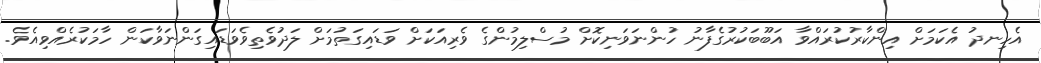
އެހިނދު އެކަމަށް އިންކާރުކުރައްވާ އަބޫބަކުރުގެފާނު ހުންނަވަނިކޮށް މުސްލިމުންގެ ވެރިއަކަށް ވަޑައިގަތުމަށް ލަދުވެތިވެވަޑައިގަންނަވާކަން ހާމަކުރެއްވިއެވެ.